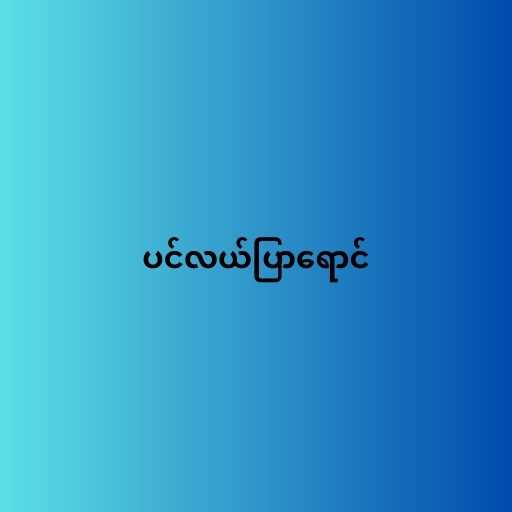
ပင်လယ်ပြာရောင်